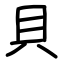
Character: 貝